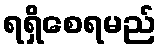
ရရှိစေရမည်